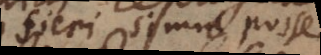
fieri simul posse